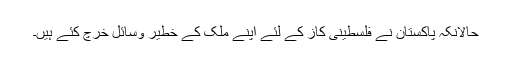
حالانکہ پاکستان نے فلسطینی کاز کے لئے اپنے ملک کے خطیر وسائل خرچ کئے ہیں۔